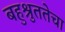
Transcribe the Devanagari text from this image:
बहुश्रुततेचा